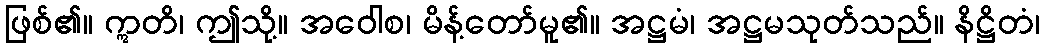
ဖြစ်၏။ ဣတိ၊ ဤသို့။ အဝေါစ၊ မိန့်တော်မူ၏။ အဋ္ဌမံ၊ အဋ္ဌမသုတ်သည်။ နိဋ္ဌိတံ၊